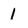
Character: 1